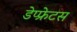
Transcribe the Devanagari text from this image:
डेप्फ्रेटस